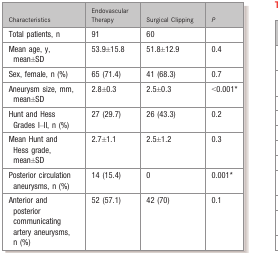
<table><thead><tr><td><b>Characteristics</b></td><td><b>Endovascular Therapy</b></td><td><b>Surgical Clipping</b></td><td><b><i>P</i></b></td></tr></thead><tbody><tr><td>Total patients, n</td><td>91</td><td>60</td><td></td></tr><tr><td>Mean age, y, mean±SD</td><td>53.9±15.8</td><td>51.8±12.9</td><td>0.4</td></tr><tr><td>Sex, female, n (%)</td><td>65 (71.4)</td><td>41 (68.3)</td><td>0.7</td></tr><tr><td>Aneurysm size, mm, mean±SD</td><td>2.8±0.3</td><td>2.5±0.3</td><td>&lt;0.001*</td></tr><tr><td>Hunt and Hess Grades I–II, n (%)</td><td>27 (29.7)</td><td>26 (43.3)</td><td>0.2</td></tr><tr><td>Mean Hunt and Hess grade, mean±SD</td><td>2.7±1.1</td><td>2.5±1.2</td><td>0.3</td></tr><tr><td>Posterior circulation aneurysms, n (%)</td><td>14 (15.4)</td><td>0</td><td>0.001*</td></tr><tr><td>Anterior and posterior communicating artery aneurysms, n (%)</td><td>52 (57.1)</td><td>42 (70)</td><td>0.1</td></tr></tbody></table>